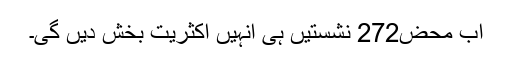
اب محض272 نشستیں ہی انہیں اکثریت بخش دیں گی۔